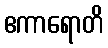
ဧကာရောတိ